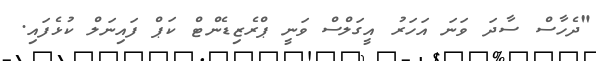
"ދެހާސް ސާދަ ވަނަ އަހަރު އީގަލްސް ވަނީ ޕްރެޒިޑެންޓް ކަޕް ފައިނަލް ކުޅެފައި.